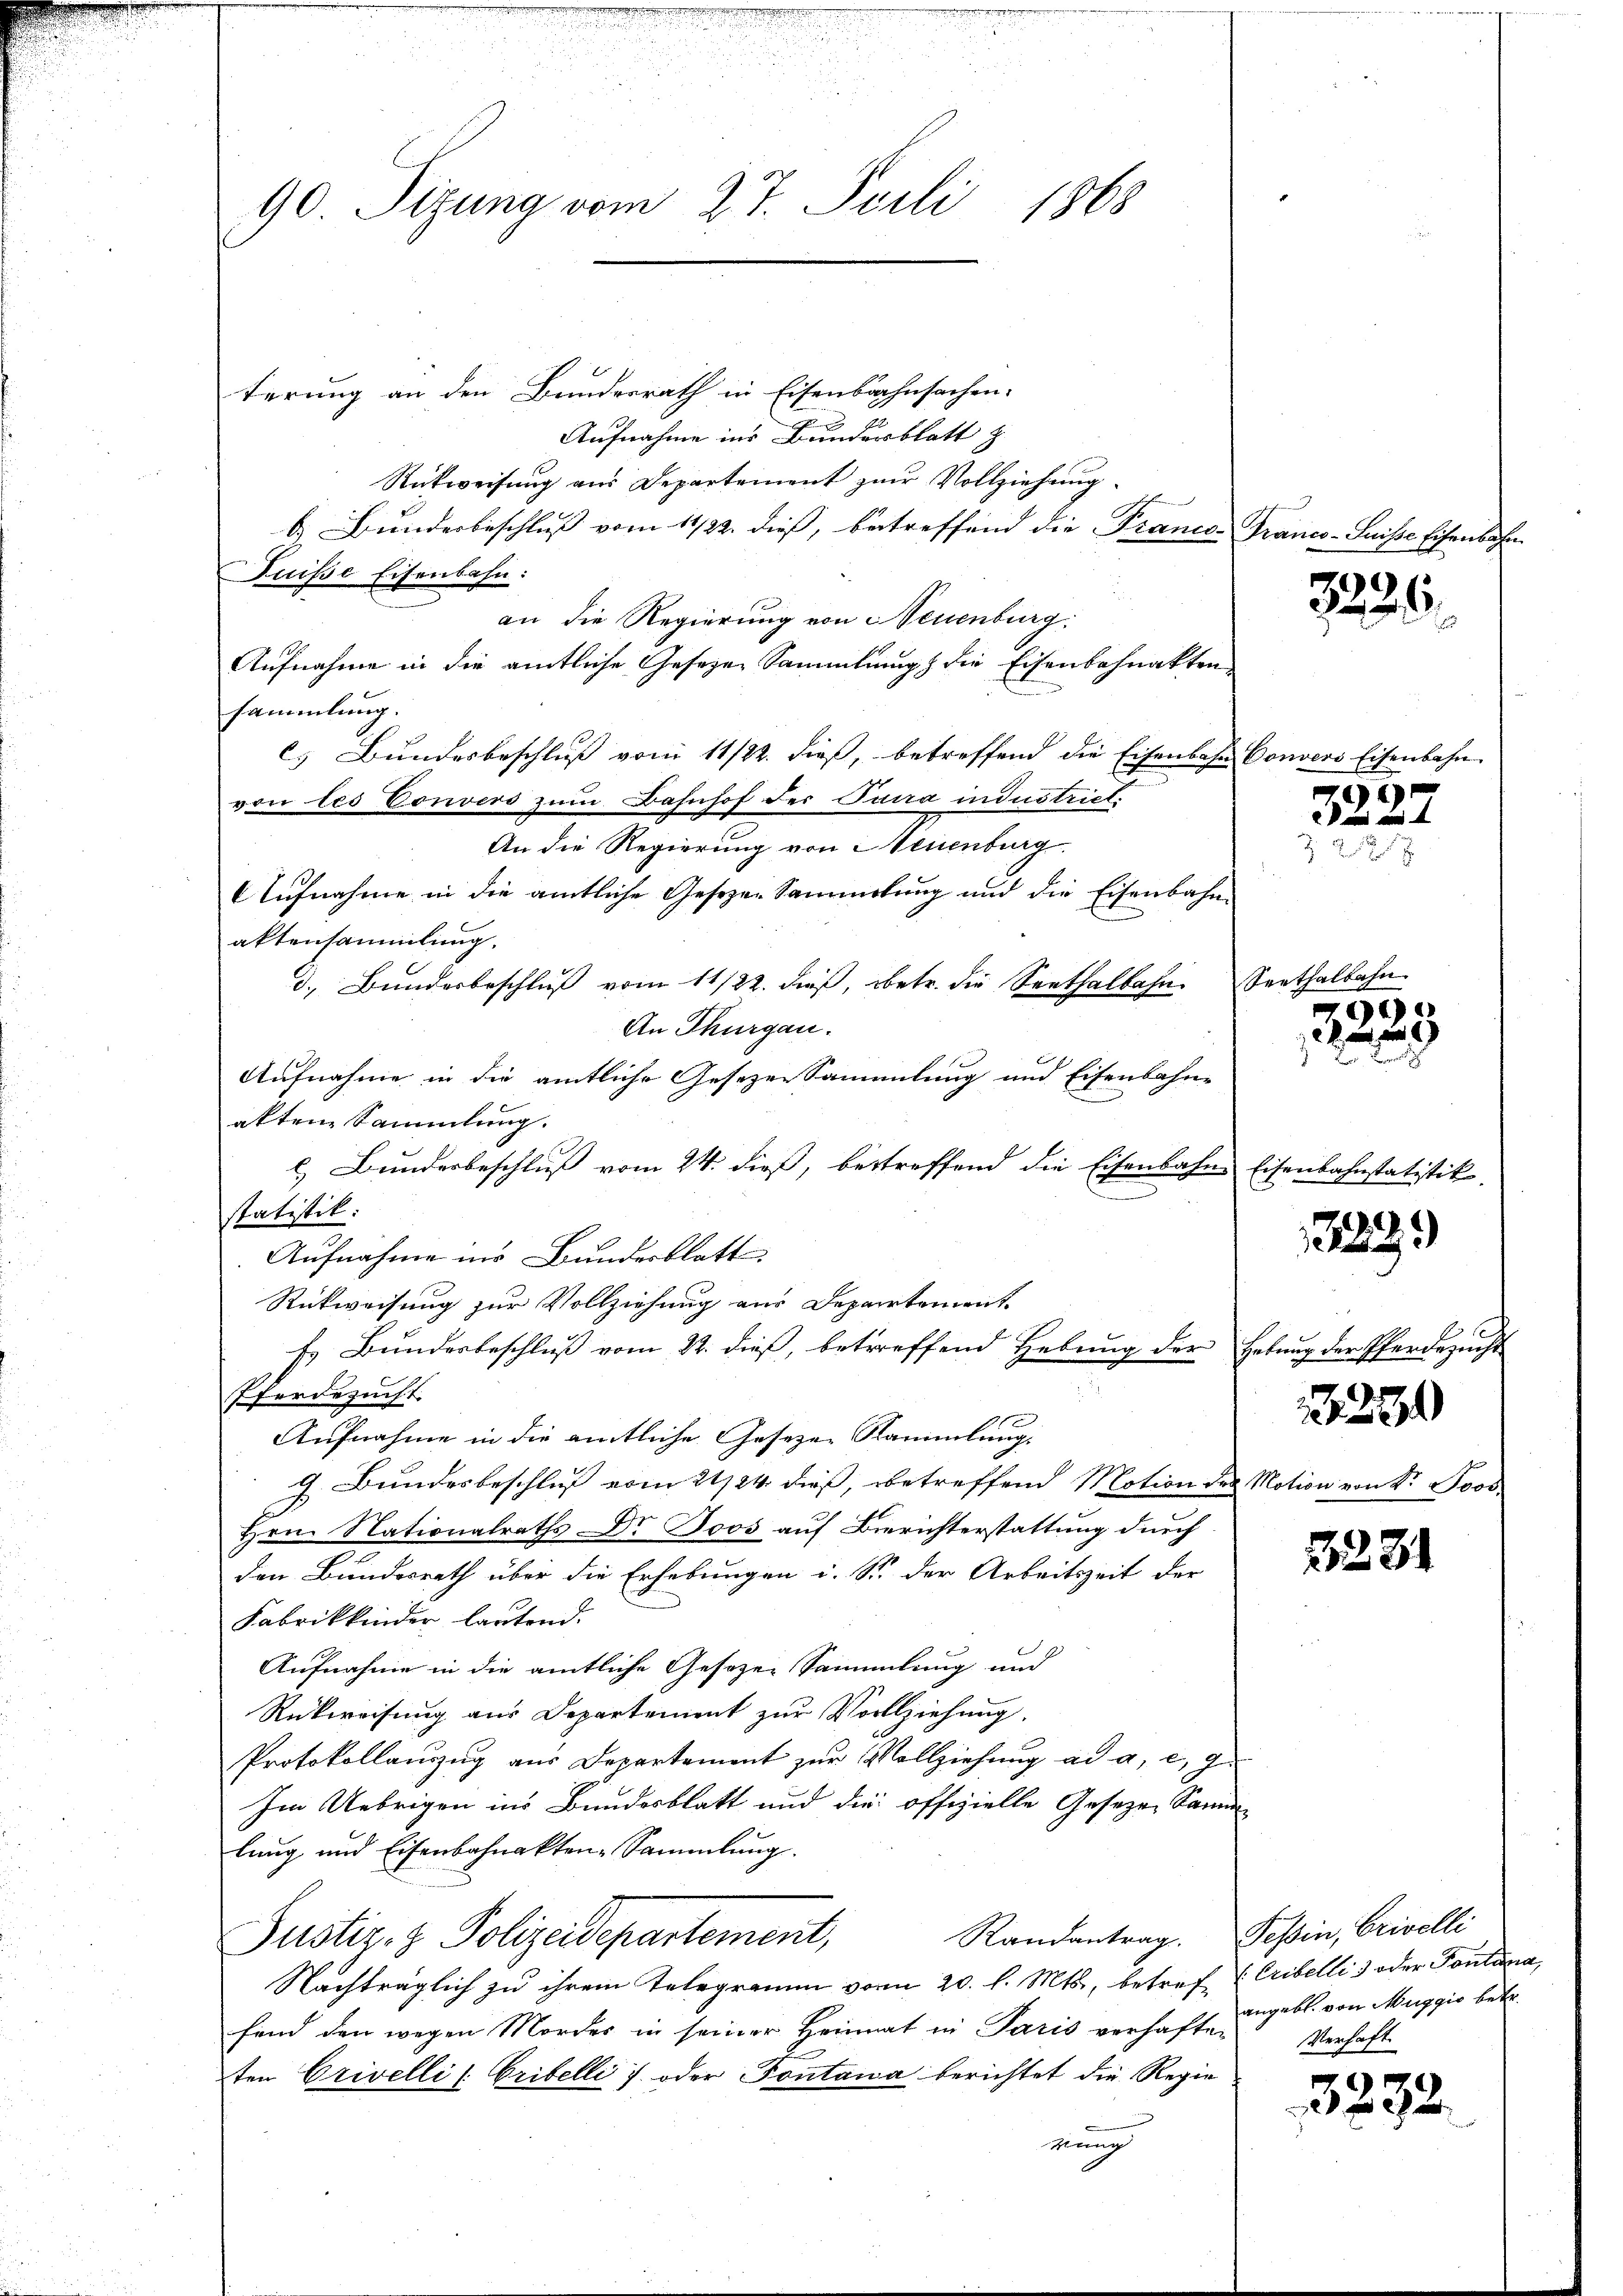
181
90. Sizung vom 27. Feili

terung an den Bundesrath in Eisenbahnsachen-
Aufnahme ins Bundesblatt z
Rückweisung aus Departement zur Vollziehung.
b. Bunderbeschluss vom 11/22. dies, betreffend die Franco-Franco-Suisse Eisenbahn
Fuisse Eisenbahn:
an die Regierung von Neuenburg:
Aufnahme in die amtliche Gesetzen Sammlung die Eisenbahnakten
sammlung.
c. Bundesbeschluß vom 11/22. dieß, betreffend die Eisenbahn Convers Eisenbahn
von les Convers zŭm Bahnhof der Pana industrict.
An die Regierung von Neuenburg.
Aufnahme in die amtliche Gesezen Sammelung und die Eisenbahn-
aktensammlung.
d. Bunderbeschluß vom 11/22. dieß, betr. die Seethalbahn Seethalbahn
An Thurgau.
Aufnahme in die amtliche Gesezen Sammlung und Eisenbahn-
akten Sammlung.
l) Bunderbeschluß vom 24. dieß, betreffend die Eisenbahn Eisenbahnstatistik.
statistik:
Aufnahme ins Bunderblatt
Rückweisung zur Vollziehung aus Departement
Es Bundesbeschluß vom 22. dieß, betreffend Hebung der Hebung der Pferdezucht
Pferdezucht.
Aufnahme in die amtliche Gesezen Sammlung,
J. Bundesbeschluß vom 21/24. dieß, betreffend Motion des Motion von Sr. Joos.
Hrn. Nationalraths Dr Joos auf Berichterstattung durch
den Bundesrath über die Erhebungen i. S. der Arbeitszeit der
Fabrikkinder lautend.
Aufnahme in die amtliche Gesezen Sammlung und
Rückweisung aus Departement zur Vollziehung.
Protokollauszug aus Departement zur Vollziehung ad a. c. J.
Im Uebrigen ins Bundesblatt und die offizielle Gesetzen Samm-
lung und Eisenbahnakten-Sammlung.
Randantrag. Teßin, Crivelli
Justiz- & Polizeidepartement,
Nachträglich zu ihrem Telegramm vom 20. l. Mts., betref (Cribelli 3 oder Fontana,
fand den wegen Mordes in seiner Heimat in Paris verhaft ausbl. von Muggić betr.
ten Crivelli (Cribelli 7 oder Fontana berichtet die Regie
mung

e

2236.

)
V und an
227

9

3299

1250

3281

Verhaft

3232.